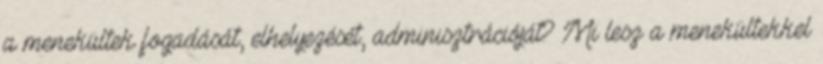
a menekültek fogadását, elhelyezését, adminisztrációját? Mi lesz a menekültekkel